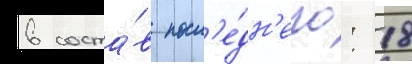
в соста́в посл'е́дн'его: 18